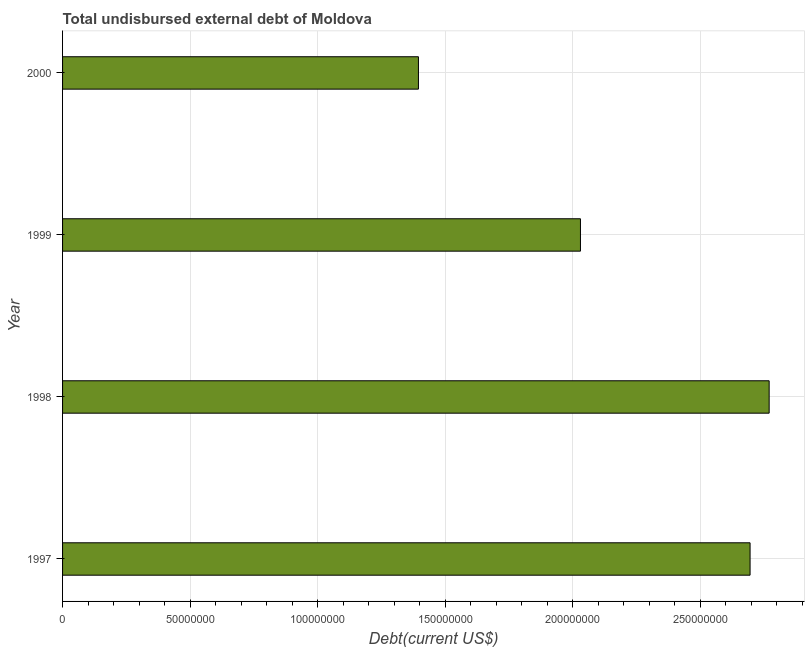
| Year | Total debt |
 | --- | --- |
 | 1997 | 2.7e+08 |
 | 1998 | 2.77e+08 |
 | 1999 | 2.03e+08 |
 | 2000 | 1.4e+08 |